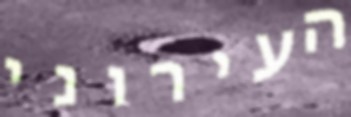
העירוני